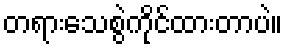
တရားသေစွဲကိုင်ထားတာပဲ။